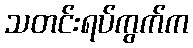
သတင်းရပ်ကွက်က